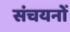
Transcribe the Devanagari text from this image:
संचयनों